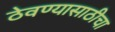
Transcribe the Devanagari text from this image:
ठेवण्यासाठीचा